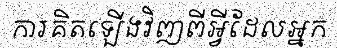
ការគិតឡើងវិញពីអ្វីដែលអ្នក